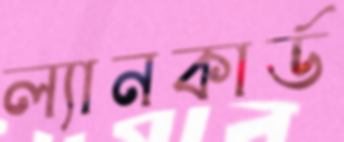
ল্যানকার্ড